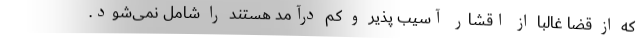
که از قضا غالبا از اقشار آسیب پذیر و کم درآمد هستند را شامل نمی‌شود.